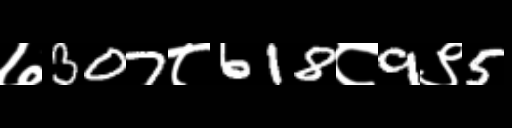
Text: ७307८618८9९5